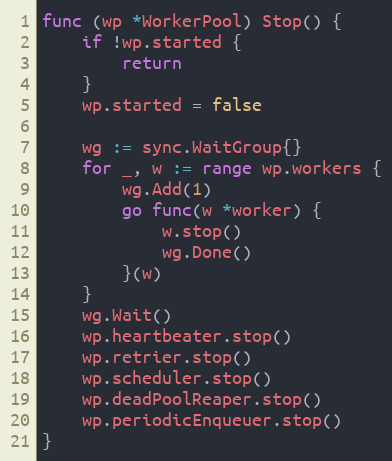
Language: Go
func (wp *WorkerPool) Stop() {
	if !wp.started {
		return
	}
	wp.started = false

	wg := sync.WaitGroup{}
	for _, w := range wp.workers {
		wg.Add(1)
		go func(w *worker) {
			w.stop()
			wg.Done()
		}(w)
	}
	wg.Wait()
	wp.heartbeater.stop()
	wp.retrier.stop()
	wp.scheduler.stop()
	wp.deadPoolReaper.stop()
	wp.periodicEnqueuer.stop()
}